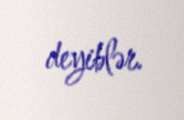
deyiblər.